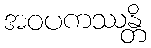
အဝပကဿန္တိ